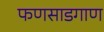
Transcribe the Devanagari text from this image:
फणसाडगाण